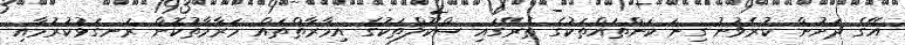
އޭގެ ދަށުން ކުރެވުނު ގިނަ ކަންތައްތަކުގެ ތެރޭގައި ސްކޫލްތަކުގެ އިމާރާތްތައް މަރާމާތުކޮށް ރަނގަޅުކުރުމާއި